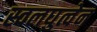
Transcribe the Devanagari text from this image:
स्वलघुत्वेन